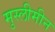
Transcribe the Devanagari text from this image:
मुस्लीमीन